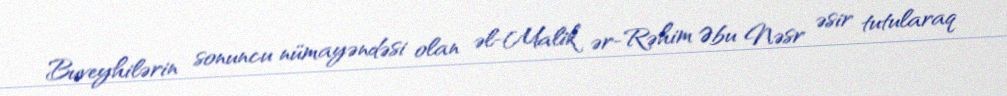
Buveyhilərin sonuncu nümayəndəsi olan əl-Malik ər-Rəhim Əbu Nəsr əsir tutularaq